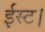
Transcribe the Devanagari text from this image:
ईस्ट।